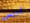
آريس